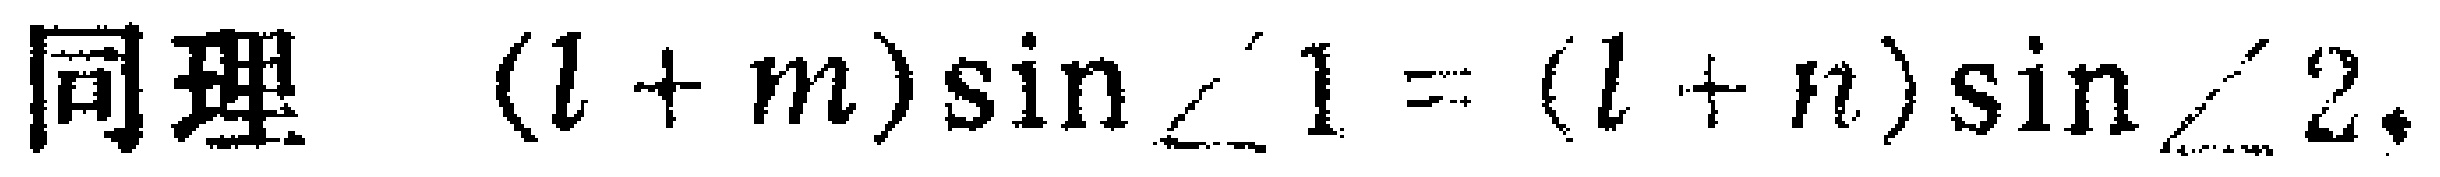
同理 \((l + m)\sin\angle 1 = (l + n)\sin\angle 2.\)